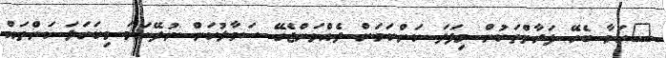
"ކަމާ ބެހޭ ފަރާތްތަކުން މިފަދަ ކަންކަމަށް ދެއްވަންޖެހޭ ސަމާލުކަން ނުދޭނަމަ މިކަހަލަ ކަންތައް